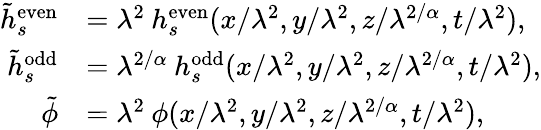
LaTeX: \begin{array}{rl}{\tilde{h}_{s}^{\mathrm{even}}}&{=\lambda^{2}\: h_{s}^{\mathrm{even}}(x/\lambda^{2},y/\lambda^{2},z/\lambda^{2/\alpha},t/\lambda^{2}),}\\ {\tilde{h}_{s}^{\mathrm{odd}}}&{=\lambda^{2/\alpha}\: h_{s}^{\mathrm{odd}}(x/\lambda^{2},y/\lambda^{2},z/\lambda^{2/\alpha},t/\lambda^{2}),}\\ {\tilde{\phi}}&{=\lambda^{2}\: \phi(x/\lambda^{2},y/\lambda^{2},z/\lambda^{2/\alpha},t/\lambda^{2}),}\end{array}